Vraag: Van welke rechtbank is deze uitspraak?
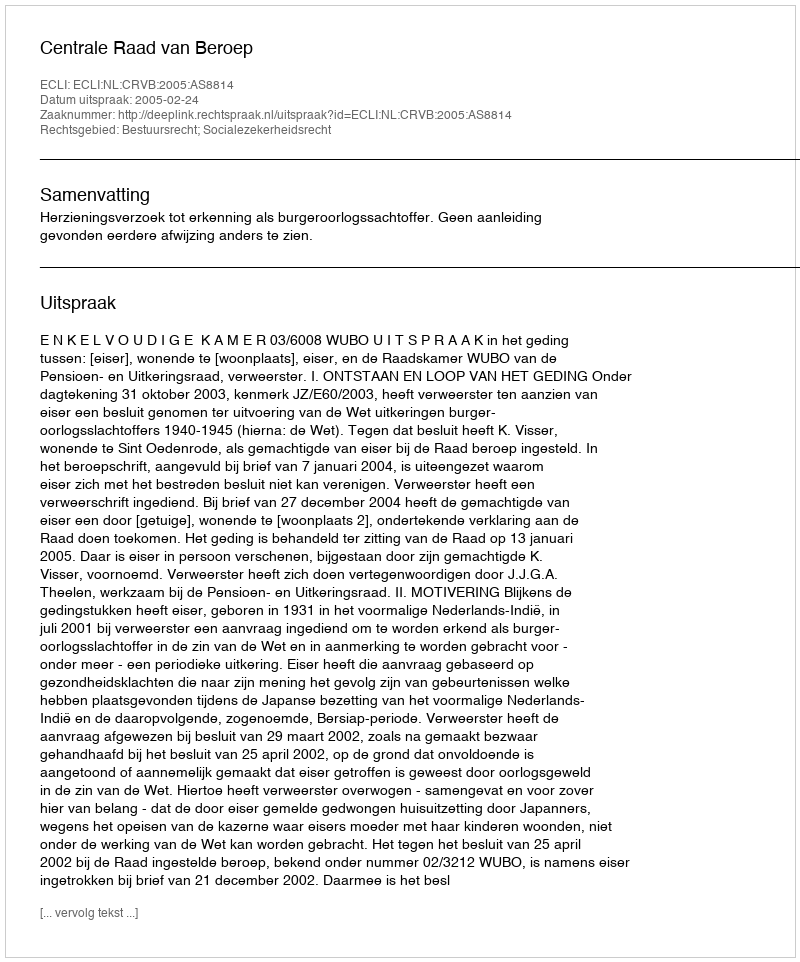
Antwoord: Centrale Raad van Beroep